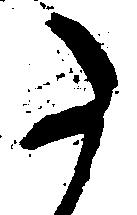
た